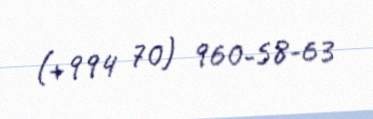
(+994 70) 960-58-63